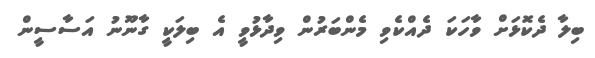
ބިލާ ދެކޮޅަށް ވާހަކަ ދެއްކެވި މެންބަރުން ވިދާޅުވީ އެ ބިލަކީ ގާނޫނު އަސާސީން